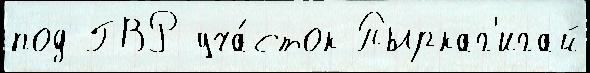
под ГВР уча́сток Пыркаг'игай